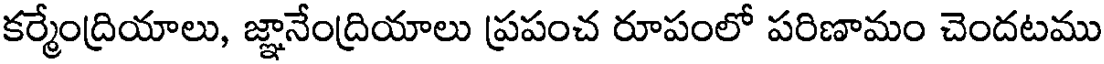
కర్మేంద్రియాలు, జ్ఞానేంద్రియాలు ప్రపంచ రూపంలో పరిణామం చెందటము